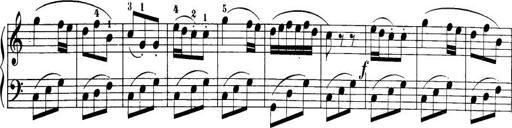
Title: 32 Sonatinas and Rondos for the Piano
Composer: Richard Kleinmichel